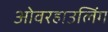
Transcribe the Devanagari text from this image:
ओवरहाउलिंग